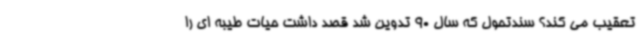
تعقیب می کند؟ سندتحول که سال 90 تدوین شد قصد داشت حیات طیبه ای را